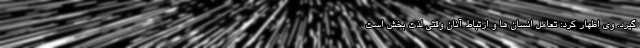
گیرد. وی اظهار کرد: تعامل انسان ها و ارتباط آنان وقتی لذت بخش است